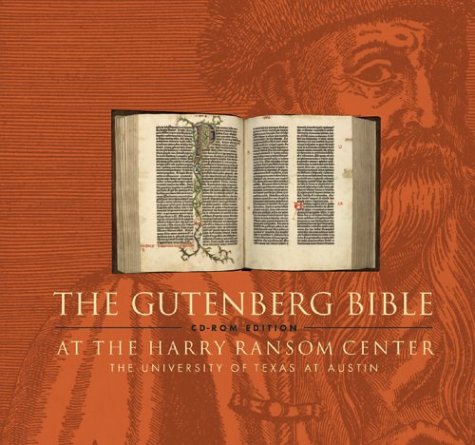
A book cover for The Gutenberg Bible at the Harry Ransom Center: CD-ROM Edition (Latin Edition); Crafts, Hobbies & Home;